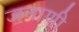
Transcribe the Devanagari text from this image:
जनाणी